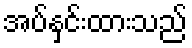
အပ်နှင်းထားသည်